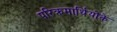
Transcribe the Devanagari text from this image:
परिक्रमार्थियोंके